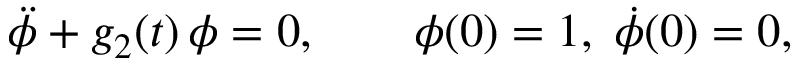
\ddot { \phi } + g _ { 2 } ( t ) \, \phi = 0 , \qquad \phi ( 0 ) = 1 , \; \dot { \phi } ( 0 ) = 0 ,